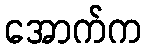
အောက်က